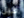
قبل